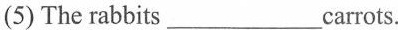
(5) The rabbits ___carrots.